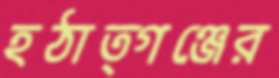
হঠাত্গঞ্জের